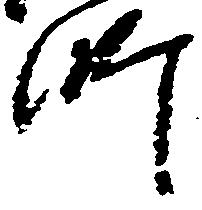
師